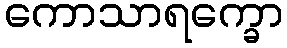
ကောသာရက္ခော